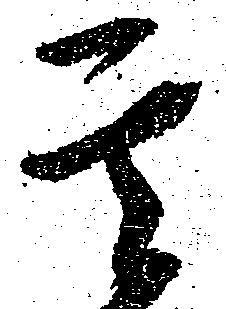
其